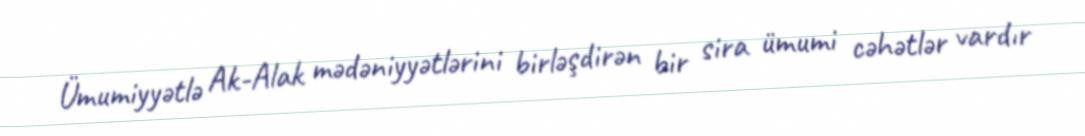
Ümumiyyətlə Ak-Alak mədəniyyətlərini birləşdirən bir sira ümumi cəhətlər vardır